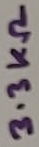
Text: 3.3KΩ